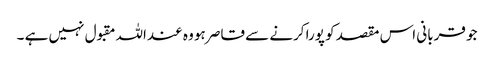
جو قربانی اس مقصد کو پورا کرنے سے قاصر ہو وہ عنداللہ مقبول نہیں ہے ۔